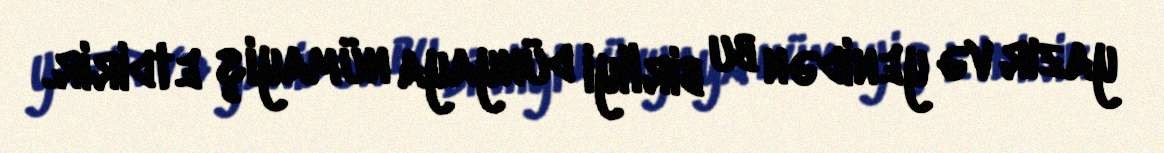
yazır və yenidən bu birliyi dünyaya nümayiş etdirir.